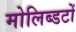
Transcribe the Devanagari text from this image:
मोलिब्डटों